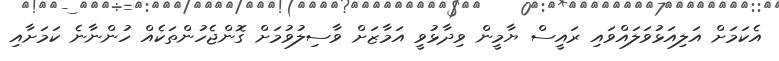
އެކަމަށް އަލިއަޅުވަލައްވައި ރައީސް ޔާމީން ވިދާޅުވީ އަމާޒަށް ވާސިލުވުމަށް ގޮންޖެހުންތަކެއް ހުންނާނެ ކަމަށާއި